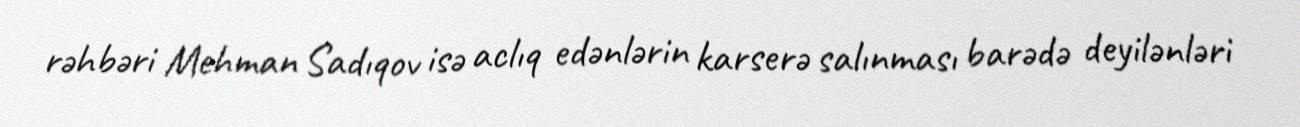
rəhbəri Mehman Sadıqov isə aclıq edənlərin karserə salınması barədə deyilənləri